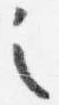
之